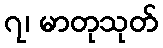
၇၊ မာတုသုတ်